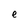
Character: e